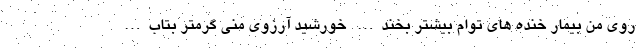
روی من بیمار خنده های توام بیشتر بخند… خورشید آرزوی منی گرمتر بتاب…